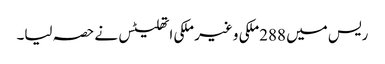
ریس میں 288ملکی و غیر ملکی اتھلیٹس نے حصہ لیا۔